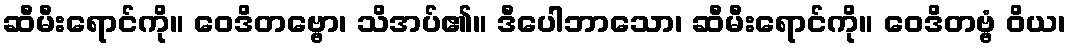
ဆီမီးရောင်ကို။ ဝေဒိတဗ္ဗော၊ သိအပ်၏။ ဒီပေါဘာသော၊ ဆီမီးရောင်ကို။ ဝေဒိတဗ္ဗံ ဝိယ၊